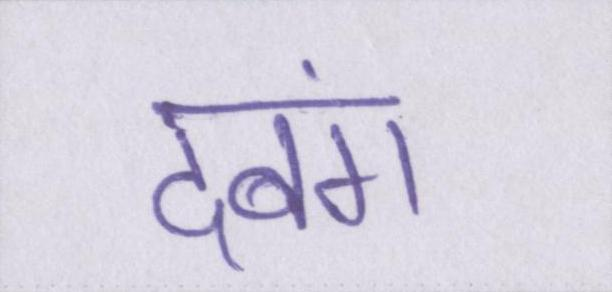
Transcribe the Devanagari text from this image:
दबंग